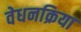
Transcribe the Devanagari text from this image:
वेधनक्रिया